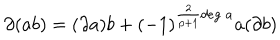
\partial ( a b ) = ( \partial a ) b + ( - 1 ) ^ { \frac { 2 } { p + 1 } d e g \; a } a ( \partial b )